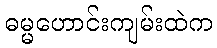
ဓမ္မဟောင်းကျမ်းထဲက